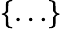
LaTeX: \{ \ldots\}